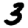
Digit: 3